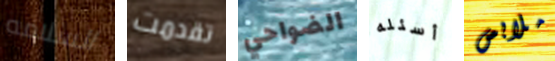
السلامه تقدمت الضواحي أسئله ملابس